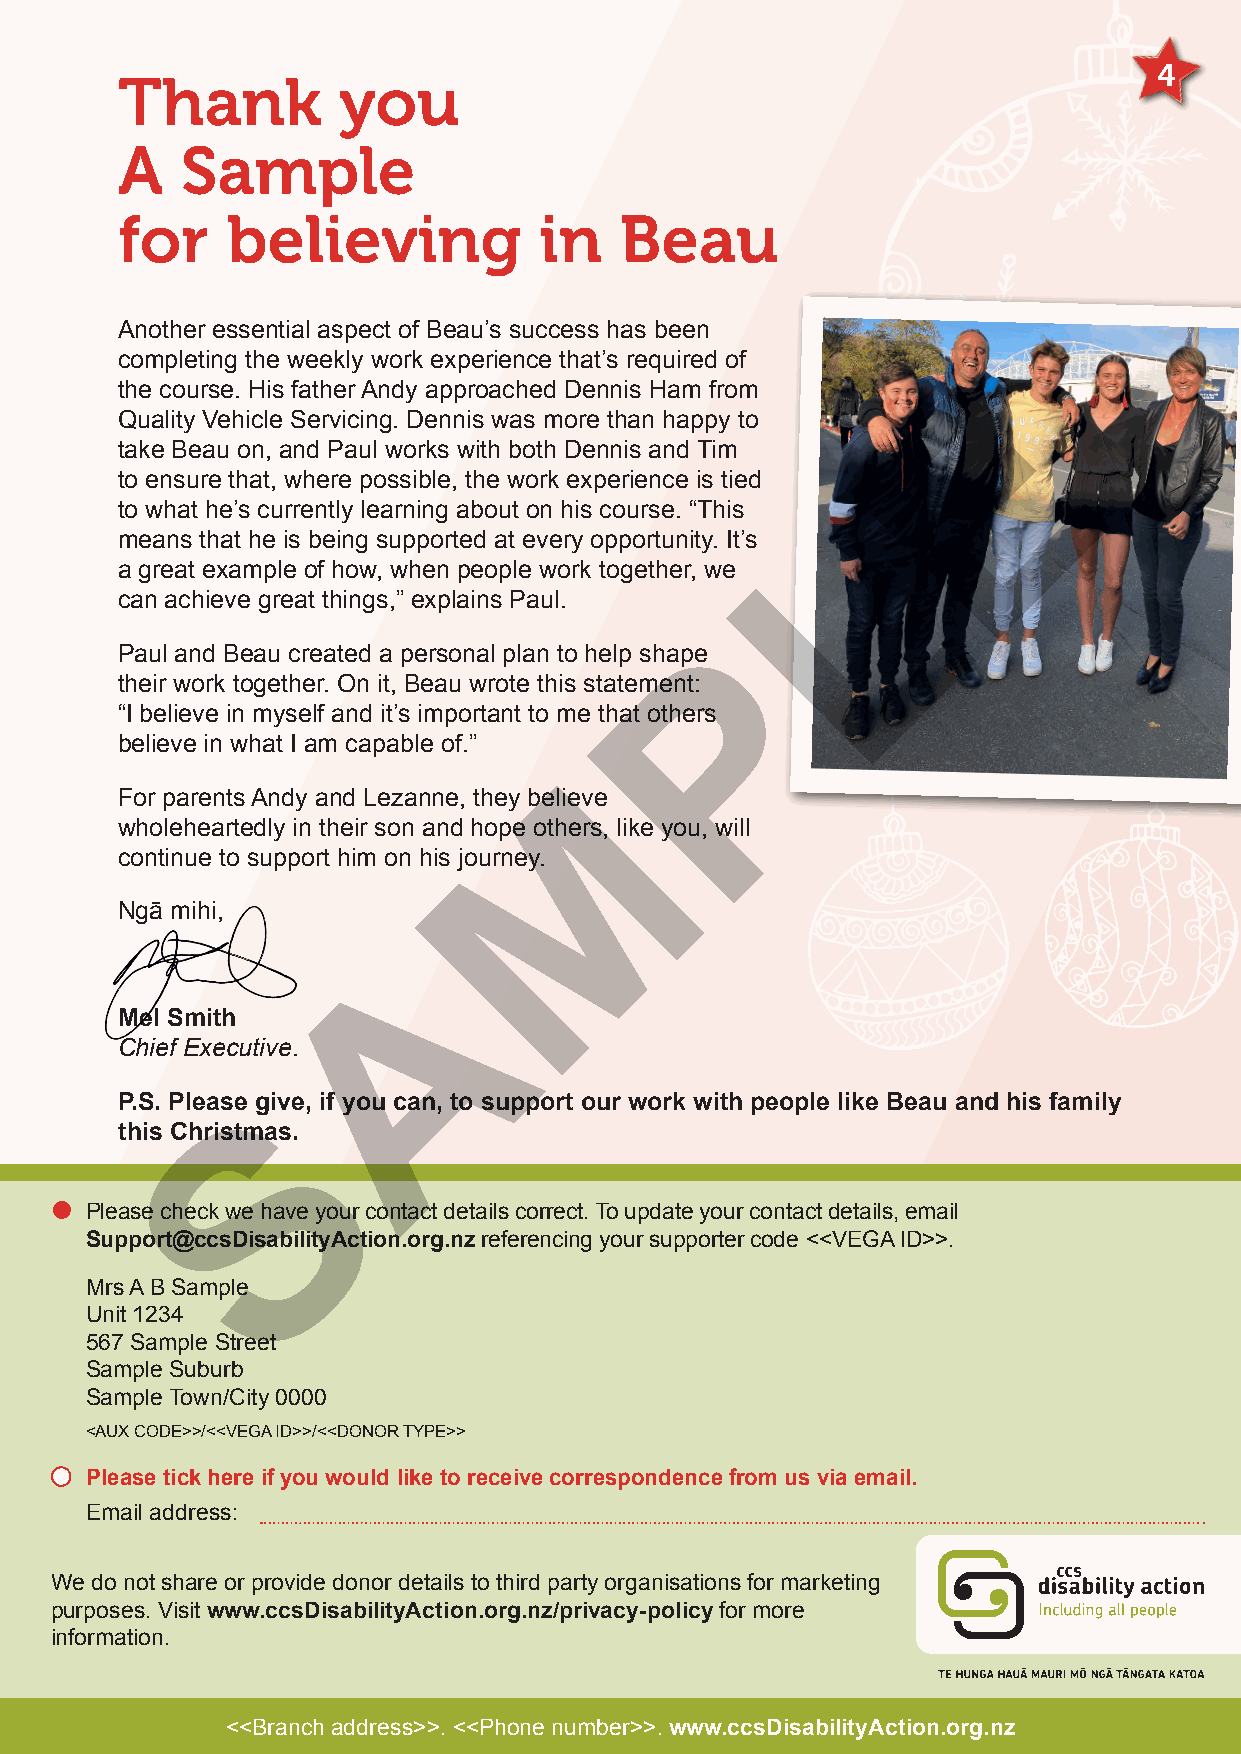
4
 Thank         you
 A   Sample
 for    believing            in   Beau
 Another essential aspect of Beau’s success has been
 completing the weekly work experience that’s required of E
 the course. His father Andy approached Dennis Ham from
 Quality Vehicle Servicing. Dennis was more than happy to
 take Beau on, and Paul works with both Dennis and Tim
 to ensure that, where possible, the work experience is tied
 L
 to what he’s currently learning about on his course. “This
 means that he is being supported at every opportunity. It’s
 a great example of how, when people work together, we
 can achieve great things,” explains Paul.
 P
 Paul and Beau created a personal plan to help shape
 their work together. On it, Beau wrote this statement:
 “I believe in myself and it’s important to me that others
 believe in what I am capable of.”
 M
 For parents Andy and Lezanne, they believe
 wholeheartedly in their son and hope others, like you, will
 continue to support him on his journey.
 Ngā mihi,
 A
 Mel Smith
 Chief Executive.
 S
 P.S. Please give, if you can, to support our work with people like Beau and his family
 this Christmas.
 •
 Please check we have your contact details correct. To update your contact details, email
 Support@ccsDisabilityAction.org.nz referencing your supporter code <<VEGA ID>>.
 Mrs A B Sample
 Unit 1234
 567 Sample Street
 Sample Suburb
 Sample Town/City 0000
 <AUX CODE>>/<<VEGA ID>>/<<DONOR TYPE>>
 Please tick here if you would like to receive correspondence from us via email.
 Email address:
 We do not share or provide donor details to third party organisations for marketing
 purposes. Visit www.ccsDisabilityAction.org.nz/privacy-policy for more
 information.
 <<Branch address>>. <<Phone number>>. www.ccsDisabilityAction.org.nz